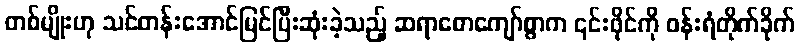
တစ်မျိုးဟု သင်တန်းအောင်မြင်ပြီးဆုံးခဲ့သည့် ဆရာစောကျော်စွာက ၎င်းဖိုင်ကို ဝန်းရံတိုက်ခိုက်